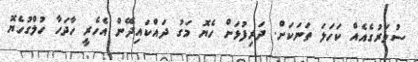
ސުވަރުގެއެއް ކަހަލަ ތަނަކަށް. ދަރިފުޅަށް ހެޔޮ މަގު ދައްކައިދޭން އެހެރީ ހާދަހާ ހުލްގުހެޔޮ